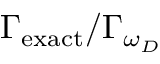
\Gamma _ { \mathrm { e x a c t } } / \Gamma _ { \omega _ { D } }